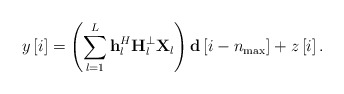
\begin{align*} y\left[ i \right] = \left( {\sum\limits_{l = 1}^L {{\bf{h}}_l^H{\bf{H}}_l^ \bot {\bf{X}}_l} } \right){\bf{d}}\left[ {i - {n_{\max }}} \right] + z\left[ i \right]. \end{align*}